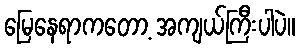
မြေနေရာကတော့ အကျယ်ကြီးပါပဲ။